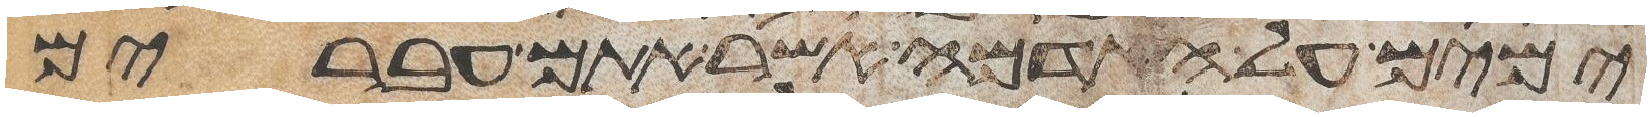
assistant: ימים על האדמה אשר אתם עברים